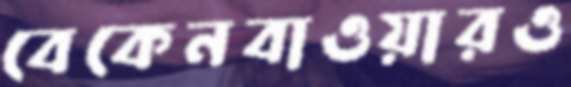
বেকেনবাওয়ারও